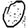
Digit: 0